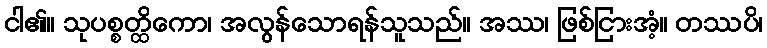
ငါ၏။ သုပစ္စတ္ထိကော၊ အလွန်သောရန်သူသည်။ အဿ၊ ဖြစ်ငြားအံ့။ တဿပိ၊